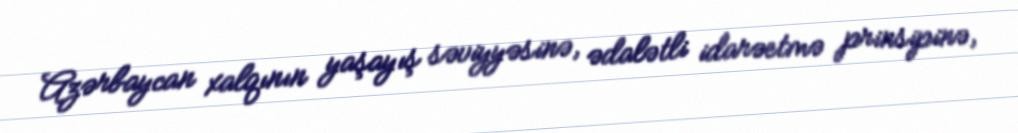
Azərbaycan xalqının yaşayış səviyyəsinə, ədalətli idarəetmə prinsipinə,